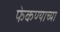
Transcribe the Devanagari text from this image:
फेकण्याच्या